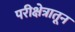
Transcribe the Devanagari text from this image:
परीक्षेत्रातून